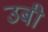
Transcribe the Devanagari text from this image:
उबी